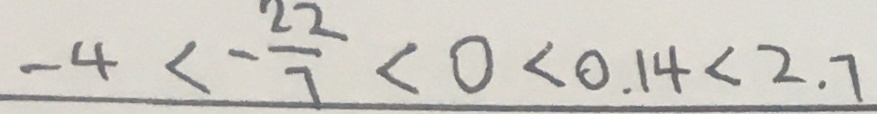
- 4 < - \frac { 2 2 } { 7 } < 0 < 0 . 1 4 < 2 . 7